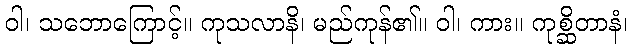
ဝါ၊ သဘောကြောင့်။ ကုသလာနိ၊ မည်ကုန်၏။ ဝါ၊ ကား။ ကုစ္ဆိတာနံ၊